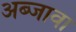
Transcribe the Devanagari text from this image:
अब्जावा